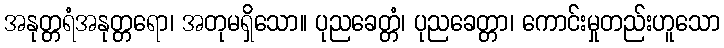
အနုတ္တရံအနုတ္တရော၊ အတုမရှိသော။ ပုညခေတ္တံ၊ ပုညခေတ္တာ၊ ကောင်းမှုတည်းဟူသော